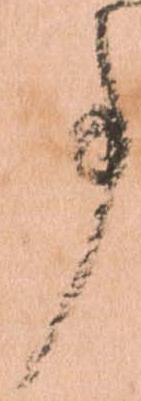
事